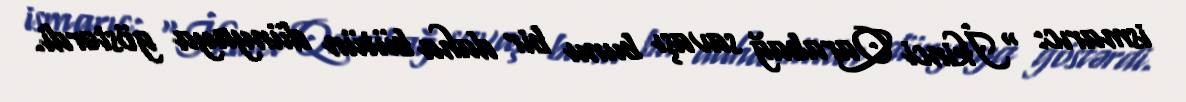
ismarıc: “İkinci Qarabağ savaşı bunu bir daha bütün dünyaya göstərdi.